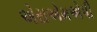
એસએમએપી